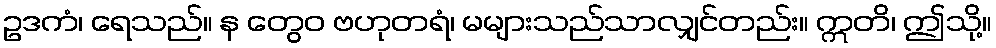
ဥဒကံ၊ ရေသည်။ န တွေဝ ဗဟုတရံ၊ မများသည်သာလျှင်တည်း။ ဣတိ၊ ဤသို့။